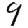
Digit: 9